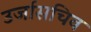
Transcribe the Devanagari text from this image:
उर्जासचिव